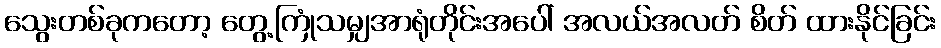
သွေးတစ်ခုကတော့ တွေ့ကြုံသမျှအာရုံတိုင်းအပေါ် အလယ်အလတ် စိတ် ထားနိုင်ခြင်း